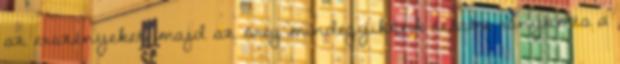
az erszényeket, majd az öreg mindegyikőnk testére rányomta a